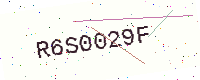
Text: R6S0029F